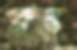
কুম্ভ